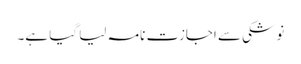
نوشکی سے اجازت نامہ لیا گیا ہے۔